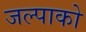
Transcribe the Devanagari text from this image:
जल्पाको